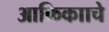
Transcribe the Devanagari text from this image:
आफ्रिकााचे